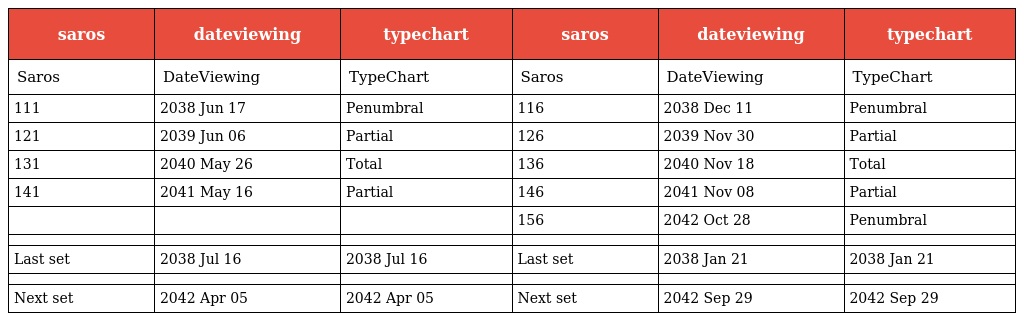
| saros | dateviewing | typechart | saros | dateviewing | typechart |
 | --- | --- | --- | --- | --- | --- |
 | Saros | DateViewing | TypeChart | Saros | DateViewing | TypeChart |
 | 111 | 2038 Jun 17 | Penumbral | 116 | 2038 Dec 11 | Penumbral |
 | 121 | 2039 Jun 06 | Partial | 126 | 2039 Nov 30 | Partial |
 | 131 | 2040 May 26 | Total | 136 | 2040 Nov 18 | Total |
 | 141 | 2041 May 16 | Partial | 146 | 2041 Nov 08 | Partial |
 |  |  |  | 156 | 2042 Oct 28 | Penumbral |
 |  |  |  |  |  |  |
 | Last set | 2038 Jul 16 | 2038 Jul 16 | Last set | 2038 Jan 21 | 2038 Jan 21 |
 |  |  |  |  |  |  |
 | Next set | 2042 Apr 05 | 2042 Apr 05 | Next set | 2042 Sep 29 | 2042 Sep 29 |